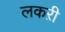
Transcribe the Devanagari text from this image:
लकऱी